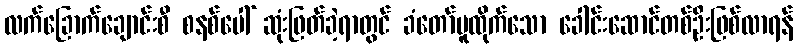
လက်ခြောက်ချောင်းစီ စနစ်ပေါ် ဆုံးဖြတ်ခဲ့ရာတွင် ခံတော်မူထိုက်သော ခေါင်းဆောင်တစ်ဦးဖြစ်လာရန်